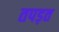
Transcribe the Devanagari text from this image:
तपड़त